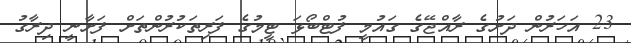
23 އަހަރުން ދަށުގެ ރާއްޖޭގެ ގައުމީ ފުޓްބޯޅަ ޓީމުގެ ފަރިތަކުރުންތަށް ފަށާނީ ދިރާގު